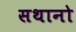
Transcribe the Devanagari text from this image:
सथानो